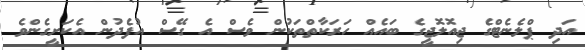
އަދި ޕްލެނެޓްގެ ޖިއޮލޮޖީގެ ބައެއް ހަރަކާތްތަކުން ވެސް އެ ގޭސް އުފެދުން އެކަށީގެންވެ